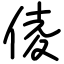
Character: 倰